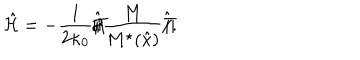
LaTeX: \hat { \cal H } = - \frac { 1 } { 2 \kappa _ { 0 } } \hat { \Pi / } \frac { M } { M ^ { \star } ( \hat { x } ) } \hat { \Pi / } .